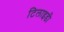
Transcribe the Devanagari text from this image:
टिलाइडी